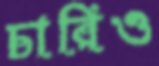
চারিও